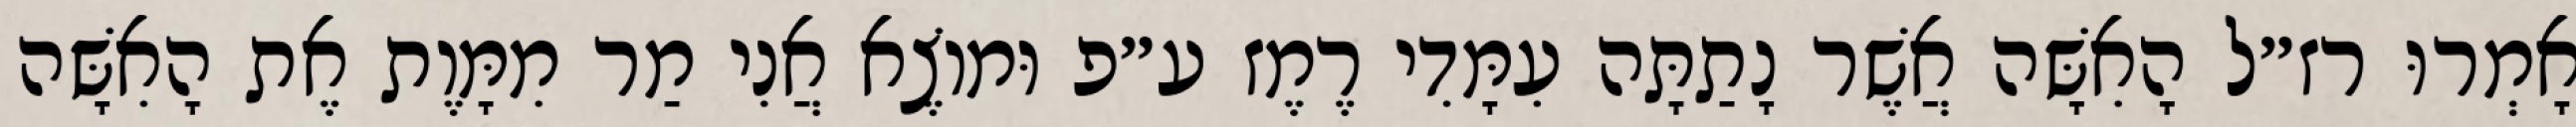
אָמְרוּ רז״ל הָאִשָּׁה אֲשֶׁר נָתַתָּה עִמָּדִי רֶמֶז ע״פ וּמוֹצֶא אֲנִי מַר מִמָּוֶת אֶת הָאִשָּׁה